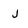
Character: j